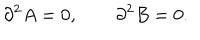
\partial ^ { 2 } A = 0 , \qquad \partial ^ { 2 } B = 0 .